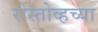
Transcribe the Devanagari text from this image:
रोस्तोव्हच्या